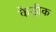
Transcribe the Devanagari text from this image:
केंड्रीक